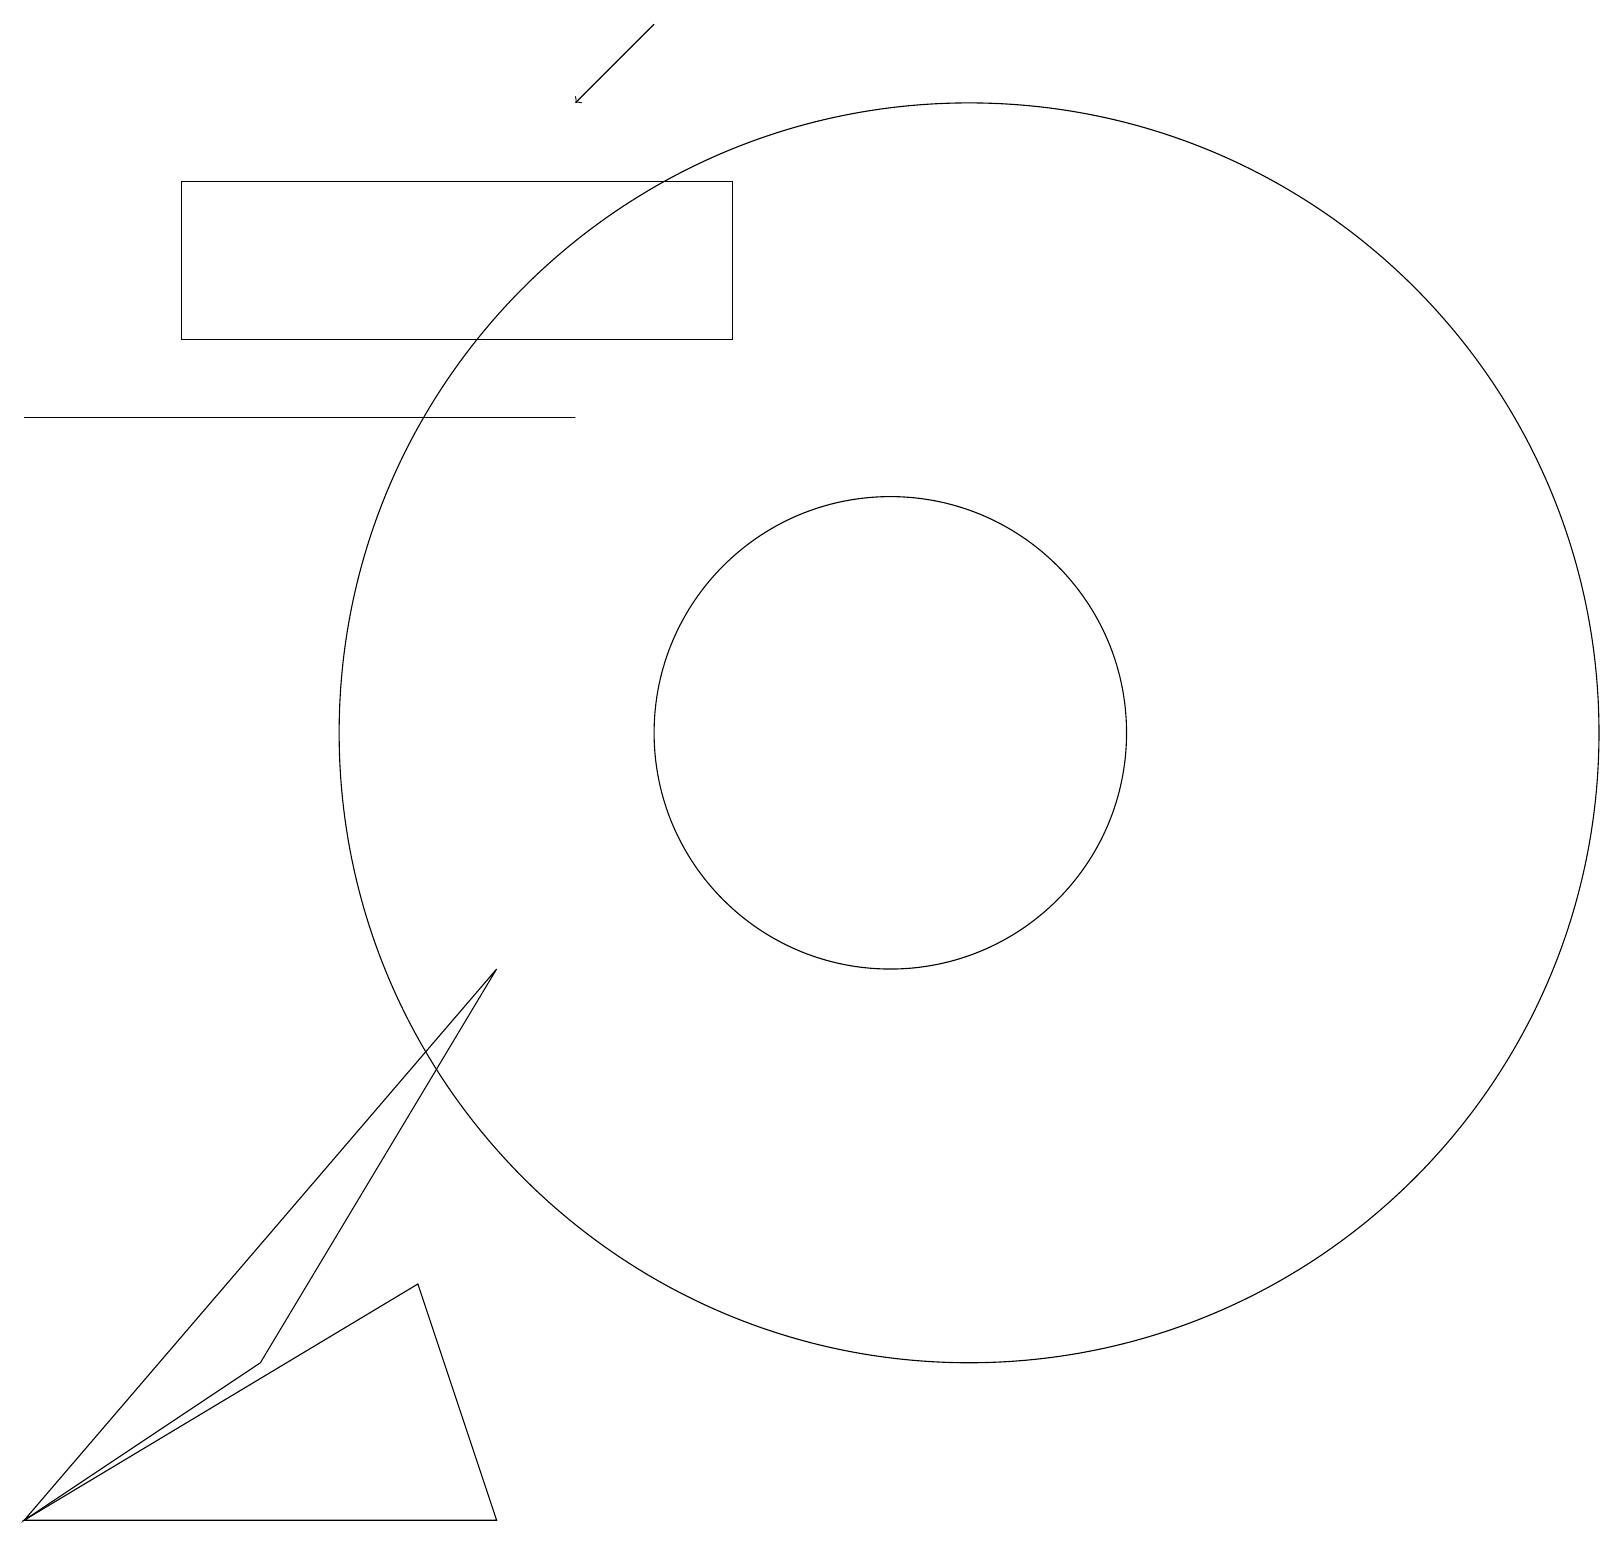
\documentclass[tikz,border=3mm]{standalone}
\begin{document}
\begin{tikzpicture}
\draw (7,14) rectangle (0,14);
\draw (9,15) rectangle (2,17);
\draw (6,7) -- (3,2) -- (0,0) -- cycle;
\draw (0,0) -- (5,3) -- (6,0) -- cycle;
\draw (12,10) circle (8);
\draw[->] (8,19) -- (7,18);
\draw (11,10) circle (3);
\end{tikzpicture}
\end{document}